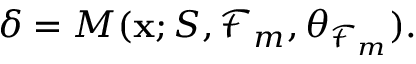
\delta = M ( \mathbf { x } ; S , \mathcal { F } _ { m } , \boldsymbol { \theta } _ { \mathcal { F } _ { m } } ) .